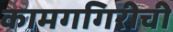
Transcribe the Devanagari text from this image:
कामगगिरीची